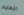
التعليم